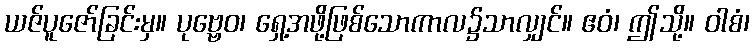
ယဇ်ပူဇော်ခြင်းမှ။ ပုဗ္ဗေဝ၊ ရှေ့အဖို့ဖြစ်သောကာလ၌သာလျှင်။ ဧဝံ၊ ဤသို့။ ဝါစံ၊